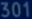
301